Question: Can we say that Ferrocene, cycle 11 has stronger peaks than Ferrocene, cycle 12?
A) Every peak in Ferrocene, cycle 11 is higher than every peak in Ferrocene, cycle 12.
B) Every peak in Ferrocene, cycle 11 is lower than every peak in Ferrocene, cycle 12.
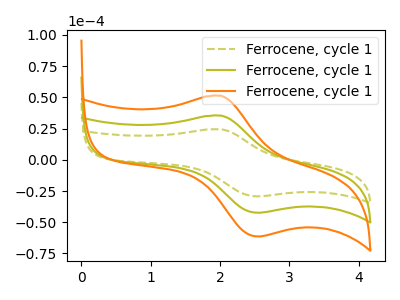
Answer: <think>The olive dashed curve "Ferrocene, cycle 11" has an anodic peak at (2.00V, 24.45uA) and a cathodic peak at (2.55V, -29.25uA). The olive curve "Ferrocene, cycle 12" has an anodic peak at (2.00V, 35.45uA) and a cathodic peak at (2.55V, -42.40uA). The orange curve "Ferrocene, cycle 13" has an anodic peak at (2.00V, 70.85uA) and a cathodic peak at (2.55V, -84.75uA).</think>
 <answer>B) Every peak in "Ferrocene, cycle 11" is lower than every peak in "Ferrocene, cycle 12".</answer>
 <eval>B</eval>